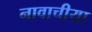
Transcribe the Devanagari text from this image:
नावाचीया